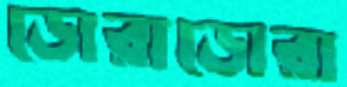
ডোরাডোরা